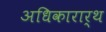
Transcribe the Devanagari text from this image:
अधिकारार्थ